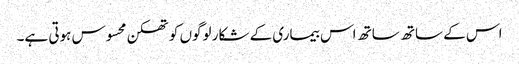
اس کے ساتھ ساتھ اس بیماری کے شکار لوگوں کو تھکن محسوس ہوتی ہے۔